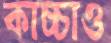
কাচ্চাও